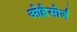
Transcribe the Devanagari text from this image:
ओह्नेसोर्ज